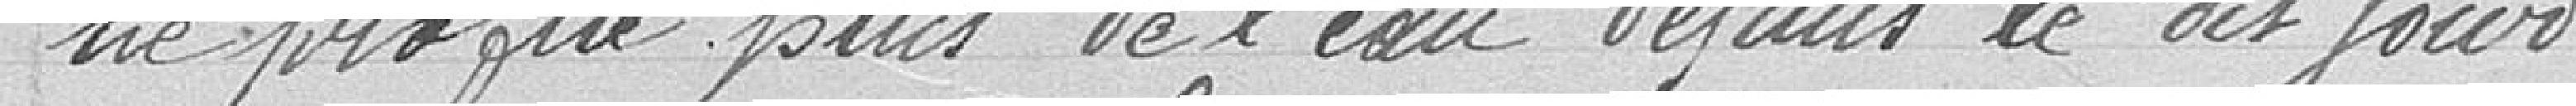
ne profite plus de l'eau depuis le dit jour